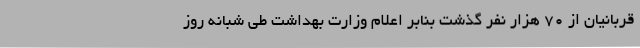
قربانیان از ۷۰ هزار نفر گذشت بنابر اعلام وزارت بهداشت طی شبانه روز